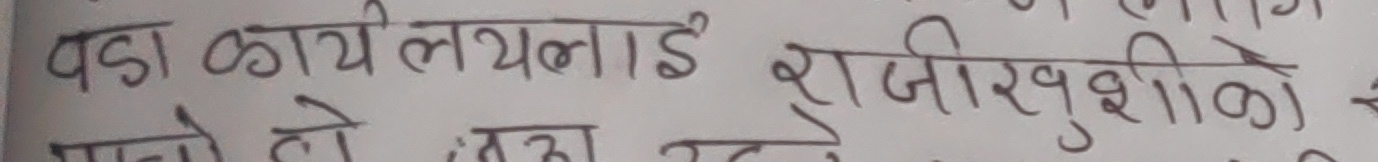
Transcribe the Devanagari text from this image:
वडा कार्यालयलाई राजीखुशीले